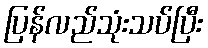
ပြန်လည်သုံးသပ်ပြီး